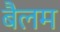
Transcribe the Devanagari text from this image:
बैलम